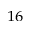
_ { 1 6 }